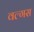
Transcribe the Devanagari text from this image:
वल्गस